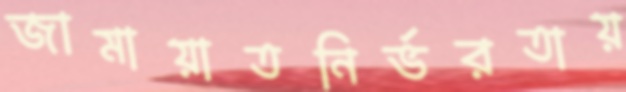
জামায়াতনির্ভরতায়